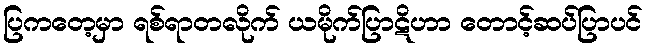
ပြကတေ့မှာ ရစ်ရာတလိုက် ယမိုက်ပြာဋိဟာ တောင့်ဆပ်ပြာပင်